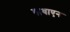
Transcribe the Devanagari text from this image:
बाधाएन